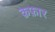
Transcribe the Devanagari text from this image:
क़फ़ार